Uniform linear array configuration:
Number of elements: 12
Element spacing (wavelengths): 0.75
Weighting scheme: hamming
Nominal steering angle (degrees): -45
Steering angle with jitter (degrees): -46.939
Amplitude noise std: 0.05
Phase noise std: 0.05

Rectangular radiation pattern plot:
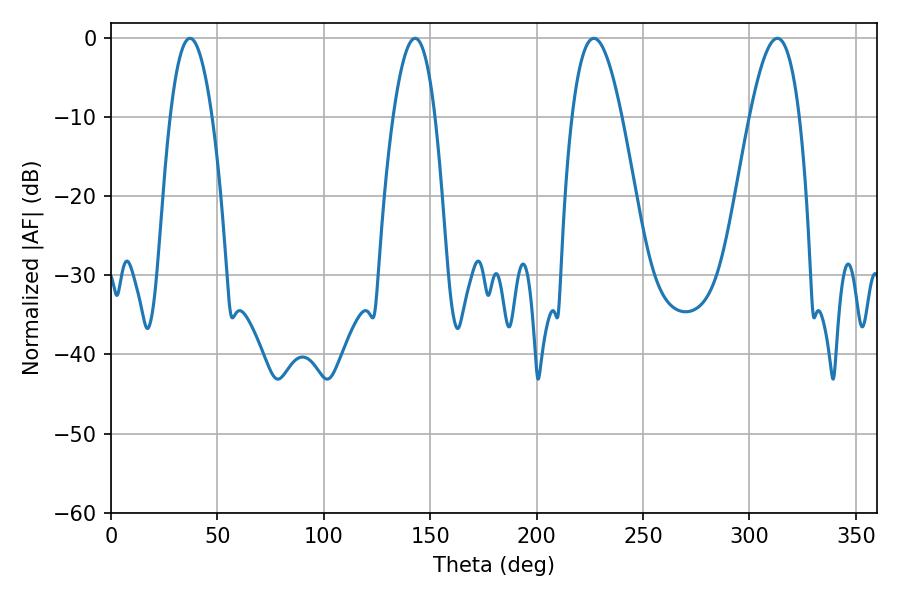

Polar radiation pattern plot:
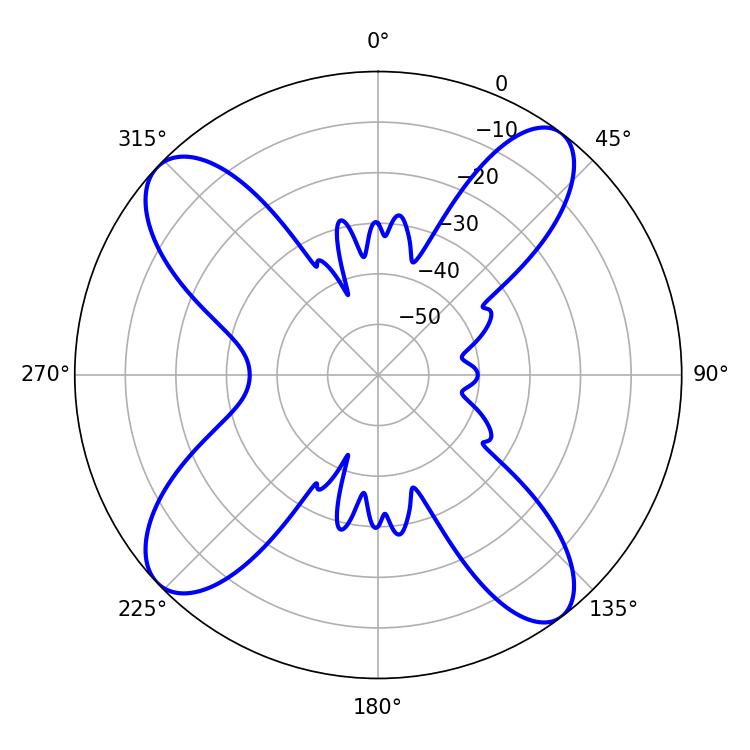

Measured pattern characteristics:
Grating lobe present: TRUE
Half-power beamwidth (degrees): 10.8
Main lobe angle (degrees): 37.08